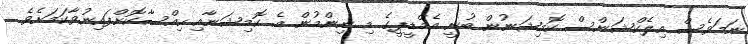
ނަމަވެސް އިލެކްޝަންސް ކޮމިޝަނުން ބުނީ އެމްޑީޕީގެ މި ނިންމުން އެ ކޮމިޝަނާއި ހިއްސާކޮށްފައިނުވާކަމަށެވެ.